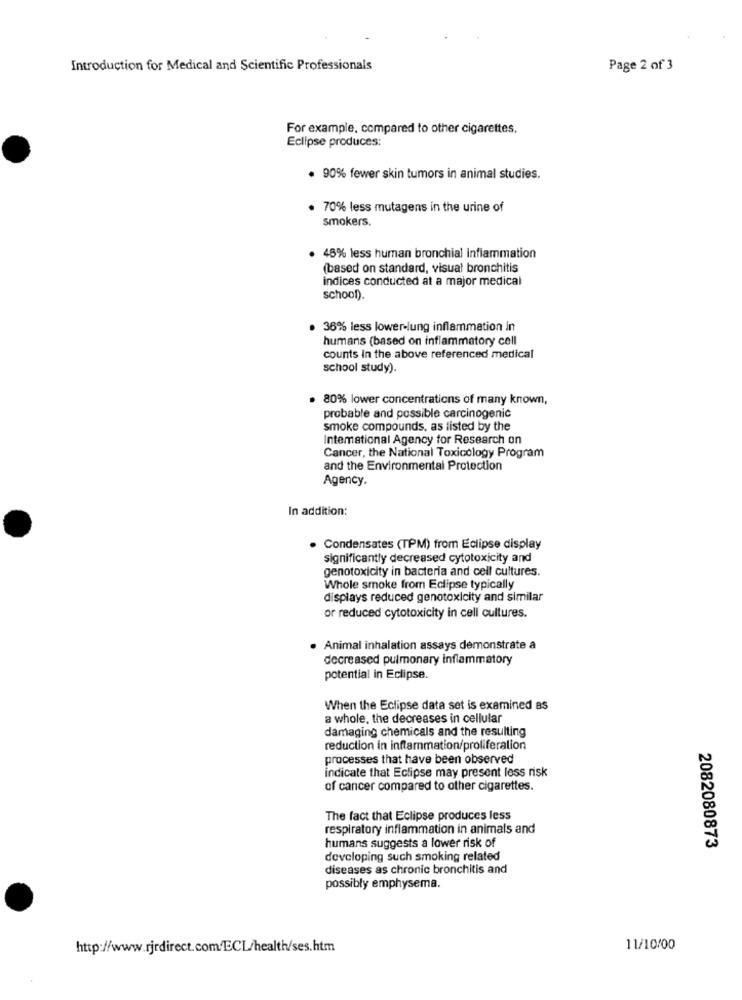
Introduction for Medical and Scientific Professionals
Page 2 of 3
For example, compared to other cigarettes.
Eclipse produces:
. 90% fewer skin tumors in animal studies.
. 70% less mutagens in the urine of
smokers.
. 48% less human bronchial inflammation
(based on standard, visual bronchitis
indices conducted at a major medical
school).
. 36% less lower-lung inflammation in
humans (based on inflammatory cell
counts in the above referenced medical
school study).
. 80% lower concentrations of many known,
probable and possible carcinogenic
smoke compounds, as listed by the
Intemational Agency for Research on
Cancer, the National Toxicology Program
and the Environmental Protection
Agency.
In addition:
. Condensates (TPM) from Eclipse display
significantly decreased cytotoxicity and
genotoxicity in bacteria and cell cultures.
Whole smoke from Eclipse typically
displays reduced genotoxicity and similar
or reduced cytotoxicity in cell cultures.
· Animal inhalation assays demonstrate a
decreased pulmonary inflammatory
potential in Eclipse.
When the Eclipse data set is examined as
a whole, the decreases in cellular
damaging chemicals and the resulting
reduction in inflammation/proliferation
processes that have been observed
indicate that Eclipse may present loss risk
of cancer compared to other cigarettes.
The fact that Eclipse produces less
respiratory inflammation in animals and
humans suggests a lower risk of
2082080873
developing such smoking related
diseases as chronic bronchitis and
possibly emphysema.
http://www.rjrdirect.com/ECL/health/ses.htm
11/10/00